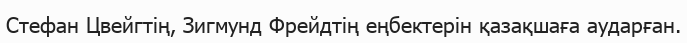
Стефан Цвейгтің, Зигмунд Фрейдтің еңбектерін қазақшаға аударған.